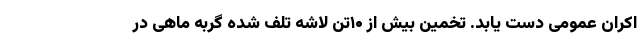
اکران عمومی دست یابد. تخمین بیش از ۱۰تن لاشه تلف شده گربه ماهی در